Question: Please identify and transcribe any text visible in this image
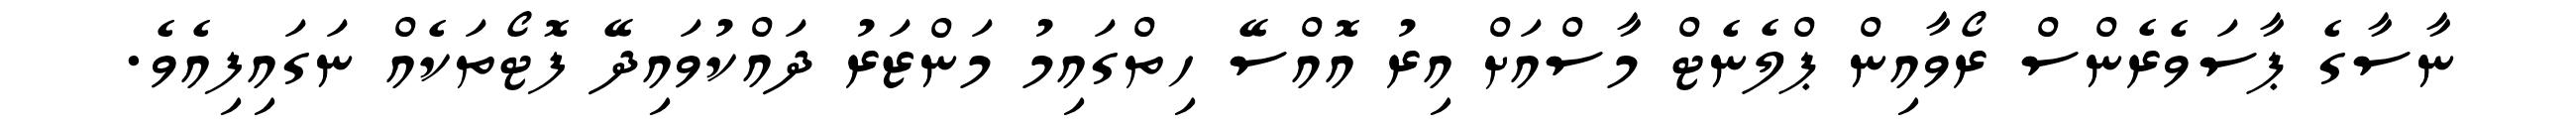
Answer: ނާސާގެ ޕާސަވެރެންސް ރޯވާއިން ޕްލެނެޓް މާސްއަށް އިރު އޮއްސޭ ހިތްގައިމު މަންޒަރު ދައްކުވައިދޭ ފޮޓޯތަކެއް ނަގައިފިއެވެ.